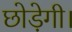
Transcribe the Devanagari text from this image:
छोड़ेगी।